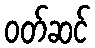
ဝတ်ဆင်